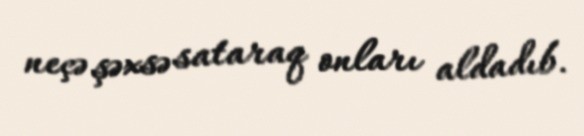
neçə şəxsə sataraq onları aldadıb.